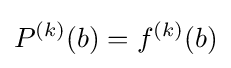
P^{(k)}(b)=f^{(k)}(b)